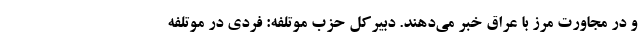
و در مجاورت مرز با عراق خبر می‌دهند. دبیرکل حزب موتلفه: فردی در موتلفه